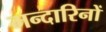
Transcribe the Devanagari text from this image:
मन्दारिनों